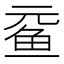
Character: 𲍉